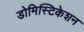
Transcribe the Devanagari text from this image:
डोमिस्टिकेशन